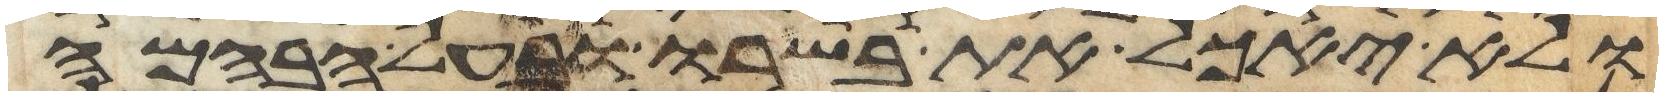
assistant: ולא יאכל את בשרו ובעל הבהמה